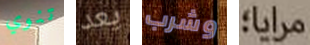
تنوي يعد وشرب مرايا؛